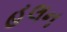
હલન